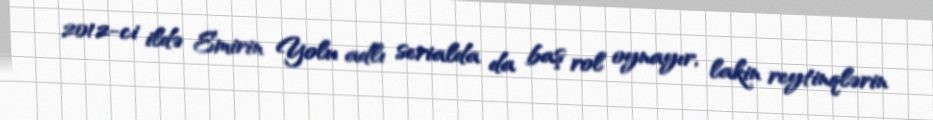
2012-ci ildə Emirin Yolu adlı serialda da baş rol oynayır, lakin reytinqlərin